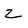
Character: Z